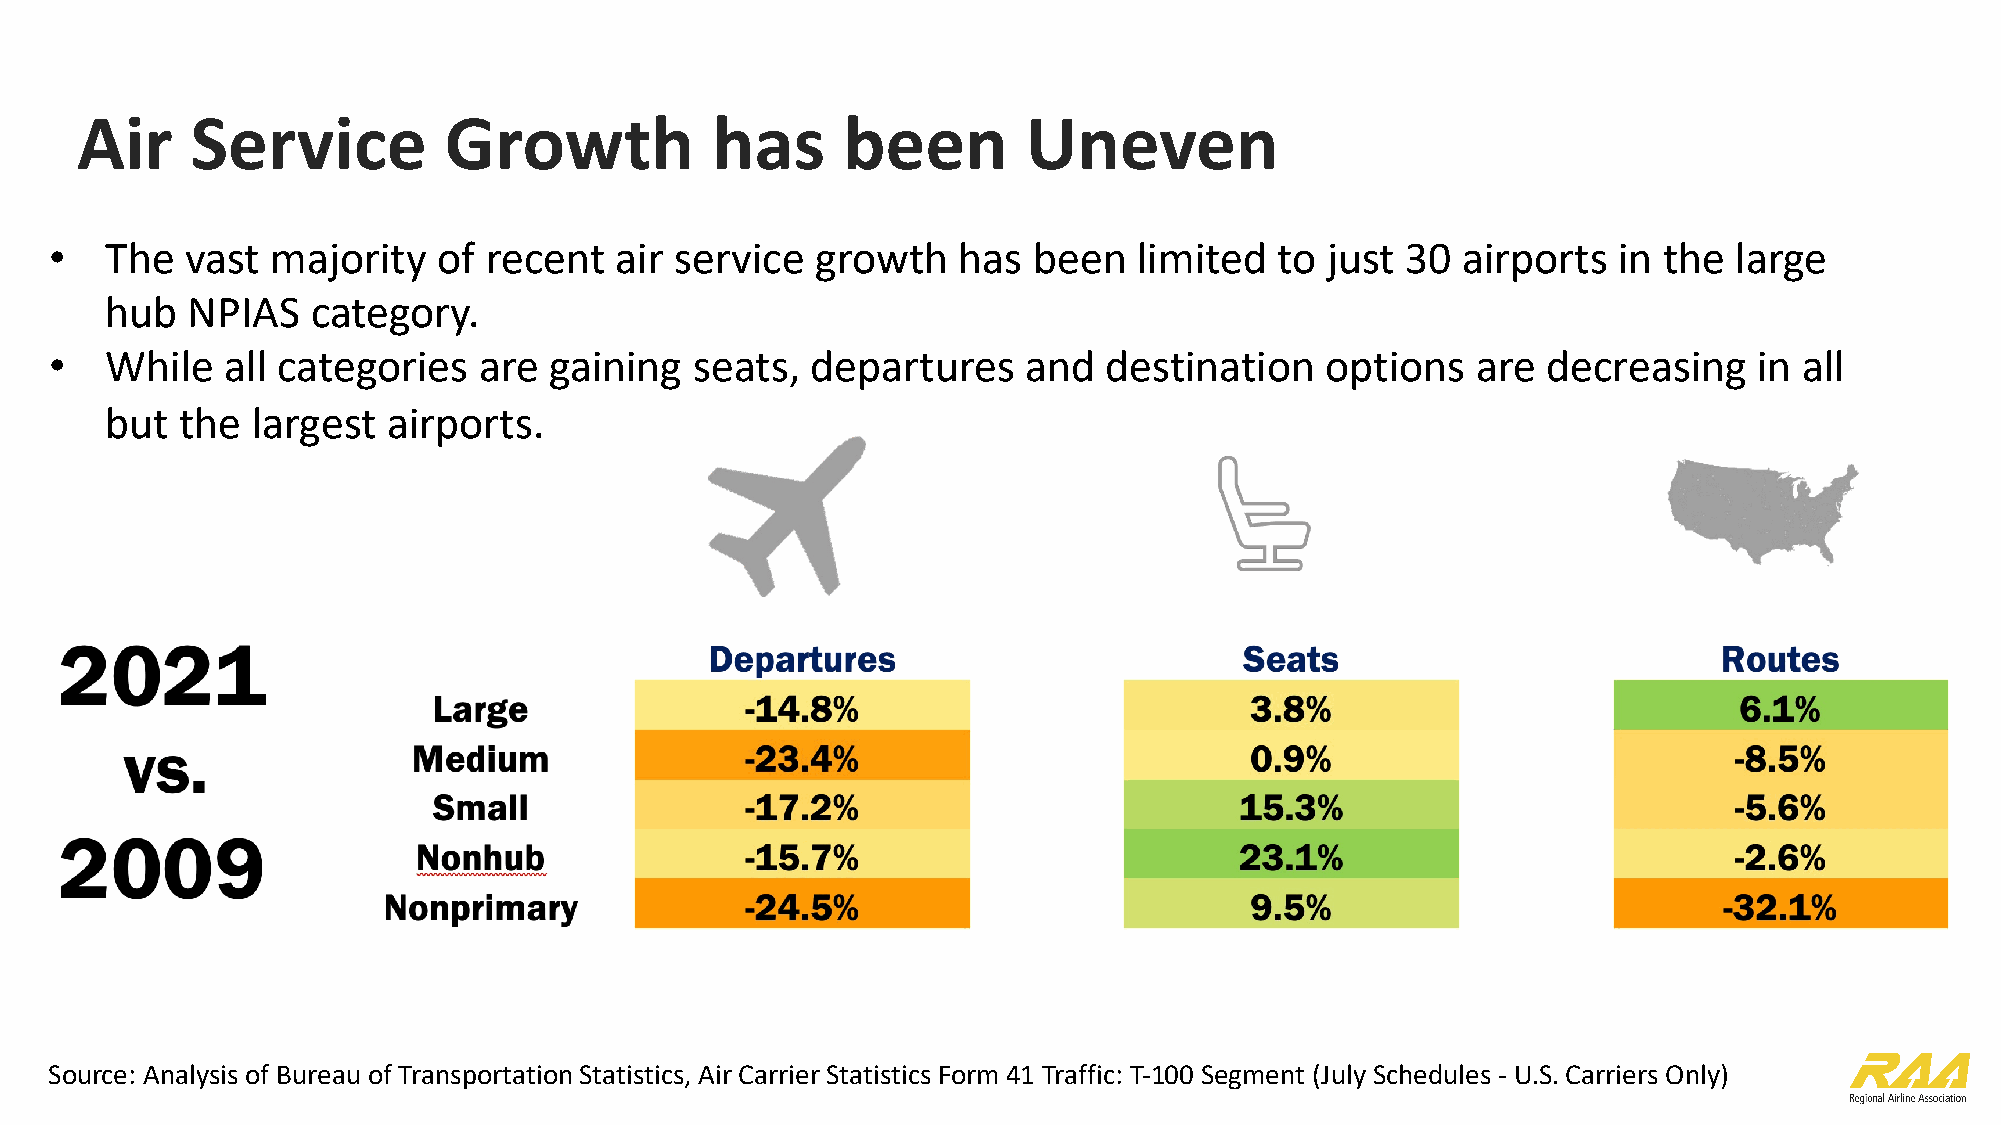
Air     Service         Growth            has      been        Uneven
 •   The  vast  majority   of recent   air service  growth   has  been   limited   to just 30  airports  in the  large
 hub  NPIAS    category.
 •   While   all categories   are gaining   seats,  departures    and  destination    options   are decreasing    in all
 but  the  largest  airports.
 Source: Analysis of Bureau of Transportation Statistics, Air Carrier Statistics Form 41 Traffic: T-100 Segment (July Schedules - U.S. Carriers Only)